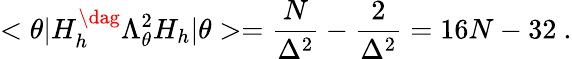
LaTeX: <\theta|H_{h}^{\dag}\Lambda_{\theta}^{2}H_{h}|\theta>=\frac{N}{\Delta^{2}}-\frac{2}{\Delta^{2}}=16N-32\ .